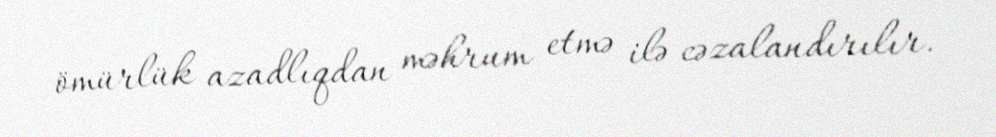
ömürlük azadlıqdan məhrum etmə ilə cəzalandırılır.